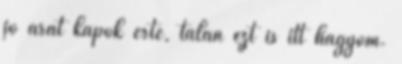
jó árat kapok érte, talán ezt is itt hagyom.